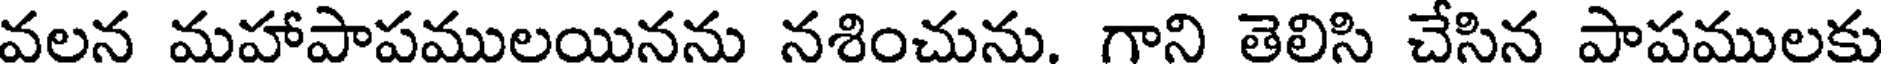
వలన మహాపాపములయినను నశించును. గాని తెలిసి చేసిన పాపములకు